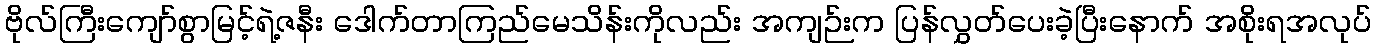
ဗိုလ်ကြီးကျော်စွာမြင့်ရဲ့ဇနီး ဒေါက်တာကြည်မေသိန်းကိုလည်း အကျဉ်းက ပြန်လွှတ်ပေးခဲ့ပြီးနောက် အစိုးရအလုပ်